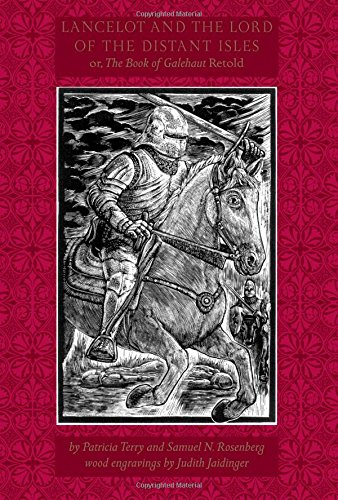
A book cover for Lancelot and the Lord of the Distant Isles: Or, the Book of Galehaut Retold; Samuel N. Rosenberg; Science Fiction & Fantasy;